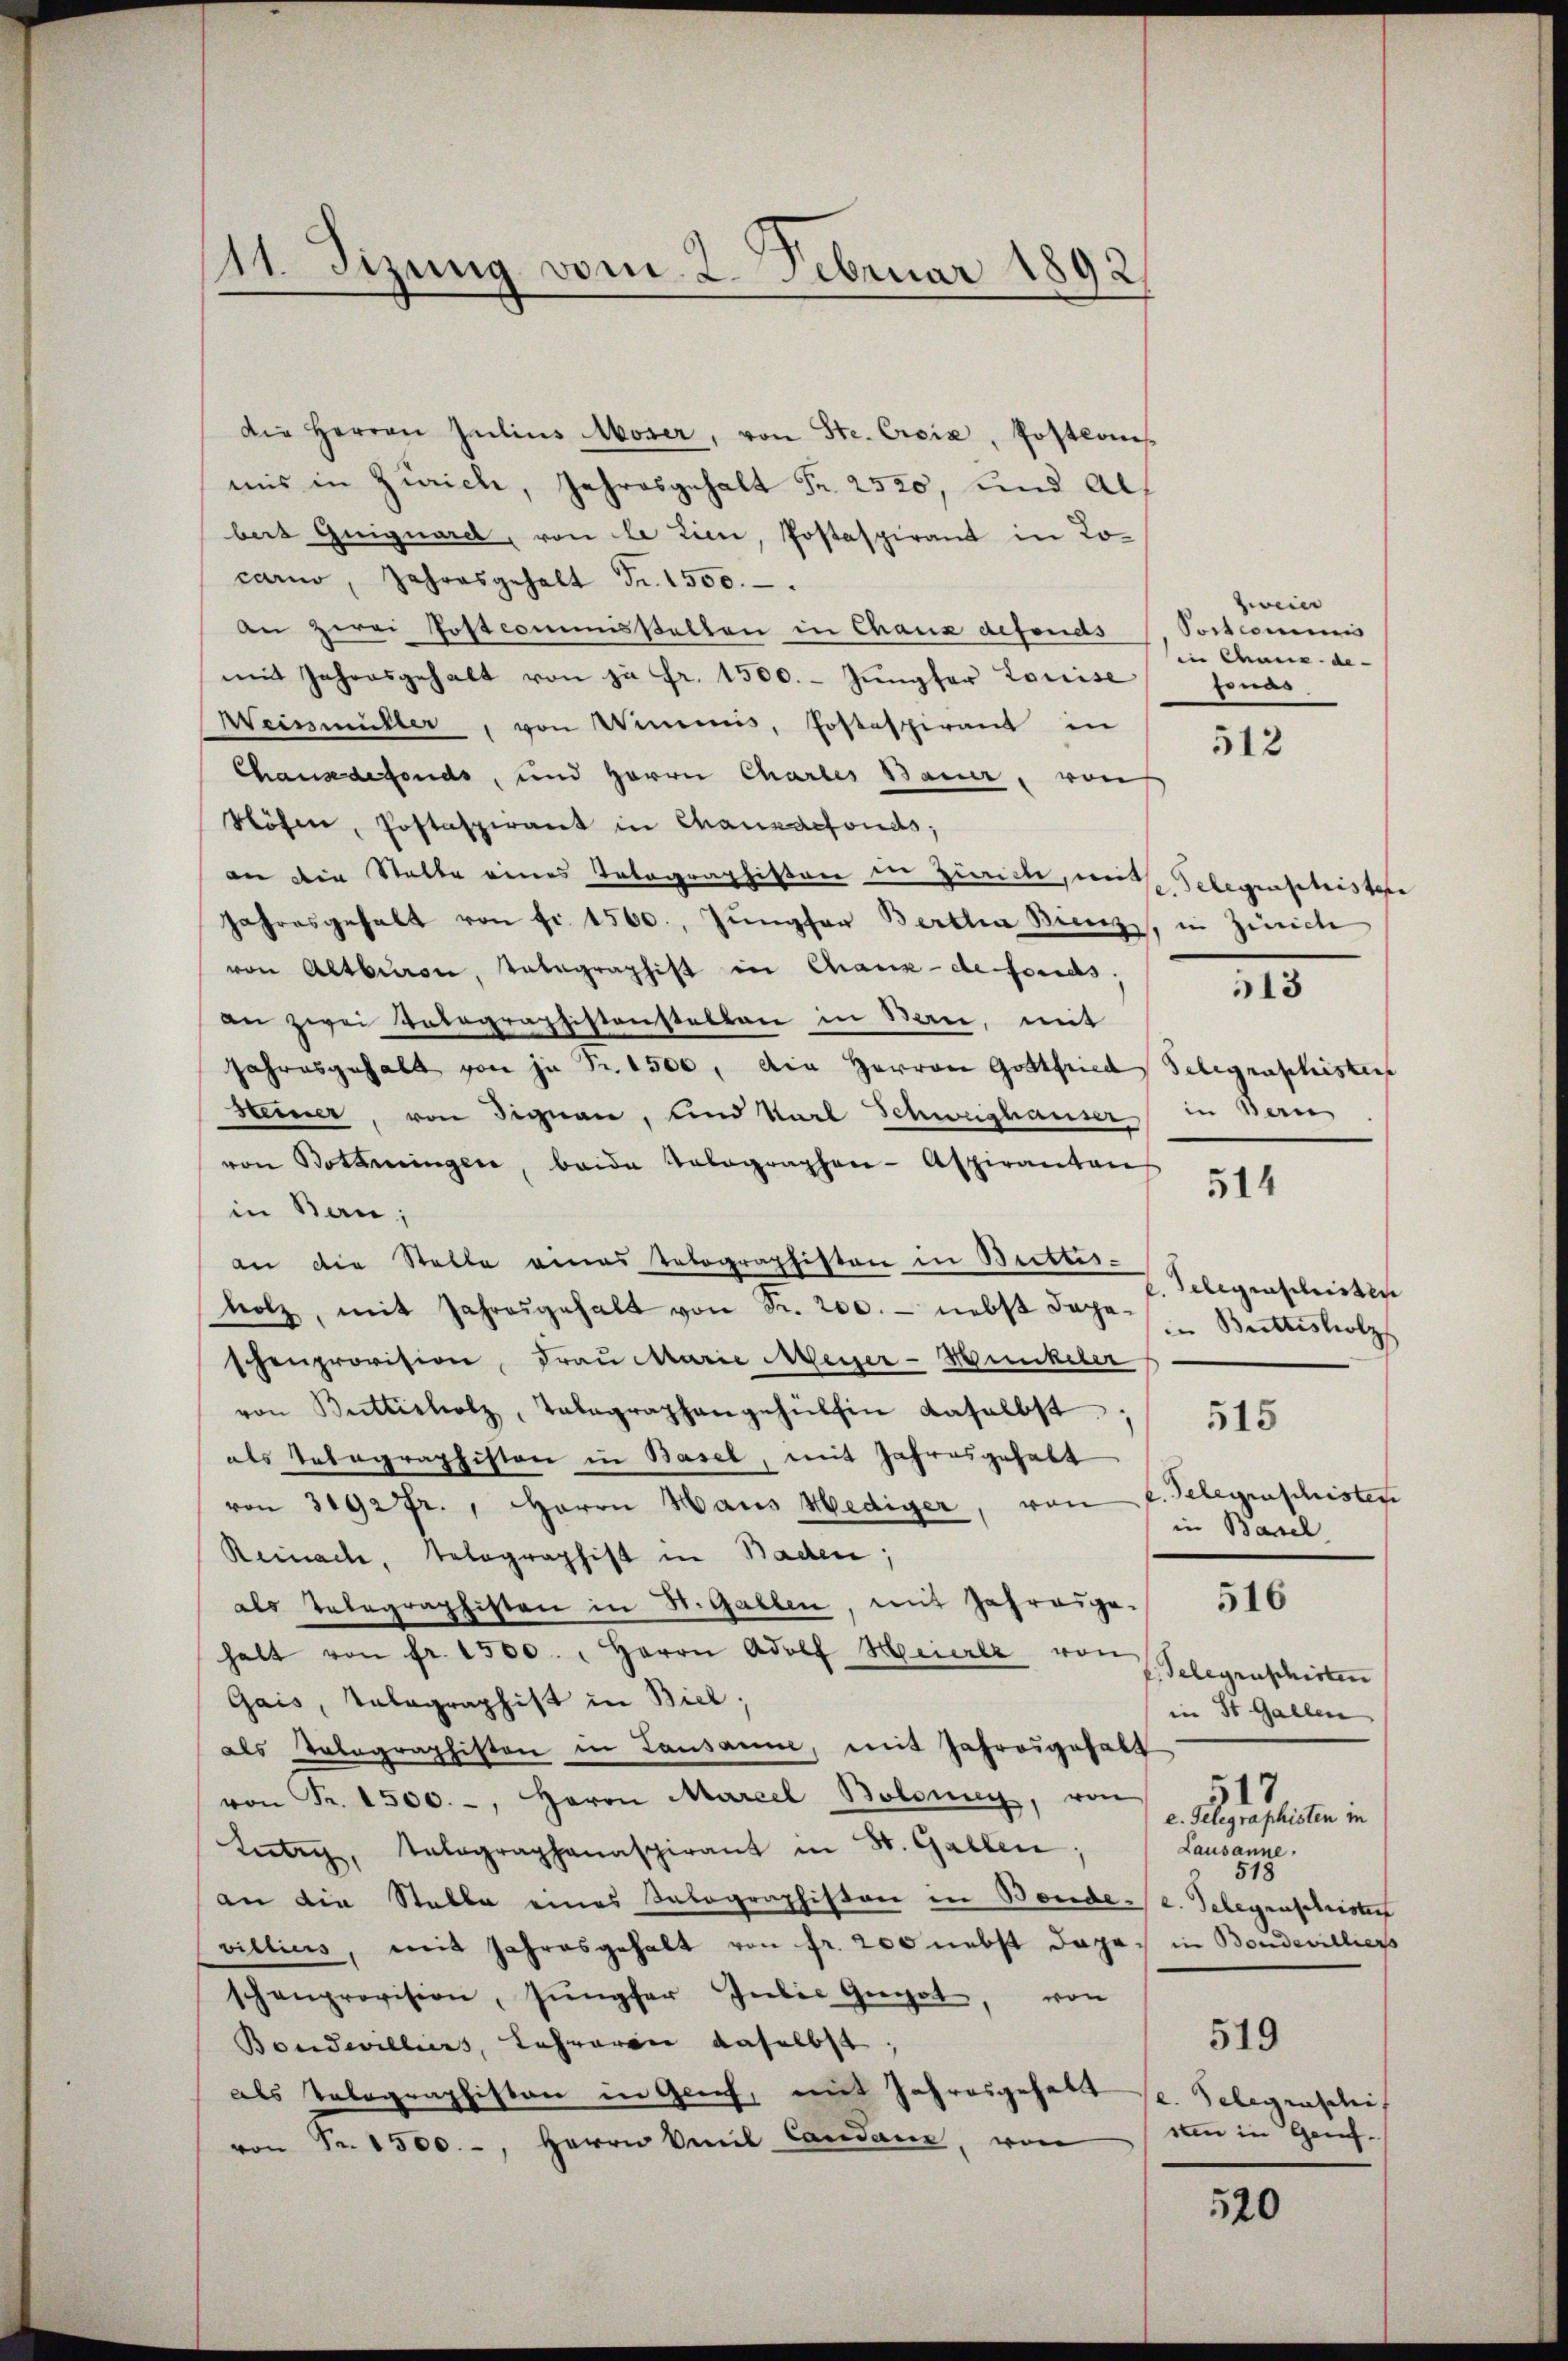
11 Tizung vom 2. Februar 1892

Die Herren Zeilins Moser, von Ste. Ersiz, Postlos
mis in Zürich, Jahresgehalt Fr. 2520, und als
bert Guiguard, von le tien, Postaspirant in Locarno, Jahresgehalt Fr. 1500.
An zwei Postcommissalten in Chanz defonds / Postcommis
mit Jahresgehalt von zu Fr. 1500. Jŭngfer Louise fonds.
Weinmüller, von Wimmis, Postaspirant in
Chausdefonds, und Herrn Chartes Bauer, von
Nöhe, Postaspirant in Chauxdefonds,
an die Statte eines Telegraphiston und Zimme, mit
Jahresgehalt von fr. 1500. Jŭngfer Bertha Bienz, in Zürich
von Altbrug, Tabagraphist in Chaux-defonds,
an zwei Votographistenstalten in Bau, mit
Jahresgehalt von je Fr. 1500, die Herren Gottfried Selegraphisters
Steiner, von Dignau, und Karl Schweighauser,
von Botaningen, beide Telegraphen- Aspiranten
in Ban;
an die Stelle eines Telographisten in Brettes¬
Telegraschristen
holz, mit Jahresgehalt von Fr. 200. - nebst dagein Buttisholz
schenprovision, Frau Marie Meiser-Hunkeler
von Buttisholz, Telegraphangehülfen daselbst, 515
als Telegraphisten in Basel, mit Jahresgehabt
von 3192 fr., Herrn Haus Hediger, von f. Gelegenschrister
in Basel
Reinache, Telegraphist in Baden;
als Telegraphisten in St. Gallen, mit Jahrouge. 510
halt von fr. 1500. " Herrn Adolf Meierer von
Fidelegraschirten
Gais, Valagraphist in Biel,
in St. Gallen
als Totagraphisten in Lausanne, mit Jahresgehalt
517
von Fr. 1500.-, Herrn Marcel Bolonig, von
e. Gelegraphisten in
Lausanne.
tete, talographanaspirant in St. Gallen
518
an die Stelle eines Talographiston in Bonde-/ e. Gelegenschrister
villius, mit Jahresgehalt von fr. 200 nebst dage in Boudevilliers
schenprovision, Jŭngfer Gubić Giget, von
519
Bondwilliers, Lehreren daselbst
als Telegraphiston in Genf, mit Jahresgehalte. Telegraschis
wen in Genf.
von Fr. 1500.-, Herrn Amil Candame, von
520

zwein
in Chaux-de-

512

c. Telegenschristere

514

513

in Bern